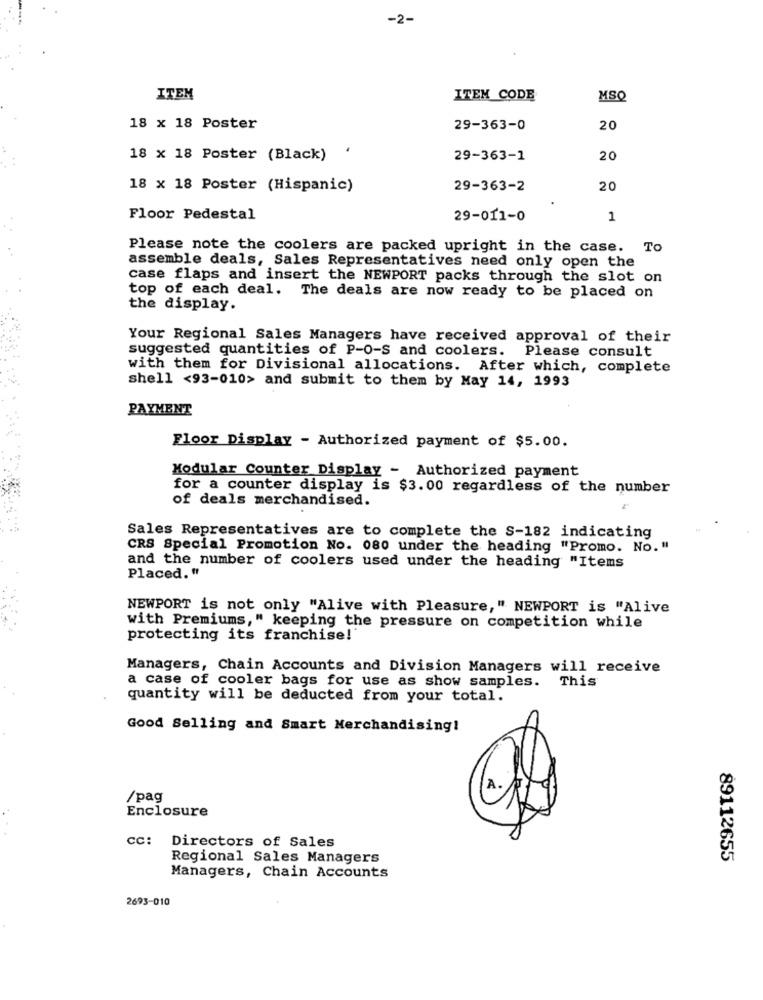
-2-
ITEM
ITEM_CODE
MSQ
18 x 18 Poster
29-363-0
20
18 x 18 Poster (Black)
29-363-1
20
18 x 18 Poster (Hispanic)
29-363-2
20
Floor Pedestal
29-011-0
1
Please note the coolers are packed upright in the case. To
assemble deals, Sales Representatives need only open the
case flaps and insert the NEWPORT packs through the slot on
top of each deal. The deals are now ready to be placed on
the display.
Your Regional Sales Managers have received approval of their
suggested quantities of P-O-S and coolers.
Please consult
with them for Divisional allocations. After which, complete
shell <93-010> and submit to them by May 14, 1993
PAYMENT
Floor Display - Authorized payment of $5.00.
Modular Counter Display - Authorized payment
for a counter display is $3.00 regardless of the number
of deals merchandised.
Sales Representatives are to complete the S-182 indicating
CRS Special Promotion No. 080 under the heading "Promo. No. "
and the number of coolers used under the heading "Items
Placed."
NEWPORT is not only "Alive with Pleasure," NEWPORT is "Alive
with Premiums," keeping the pressure on competition while
protecting its franchise!'
Managers, Chain Accounts and Division Managers will receive
a case of cooler bags for use as show samples. This
quantity will be deducted from your total.
Good Selling and Smart Merchandising!
/pag
Enclosure
cc:
Directors of Sales
Regional Sales Managers
89112655
Managers, Chain Accounts
2693-010